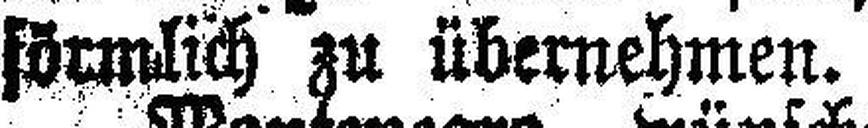
förmlich zu übernehmen.